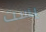
يست